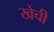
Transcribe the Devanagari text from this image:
खेची